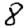
Digit: 8